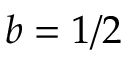
b = 1 / 2